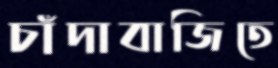
চাঁদাবাজিতে